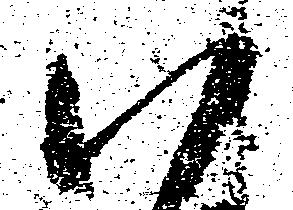
八